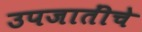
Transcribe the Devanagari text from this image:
उपजातींचे